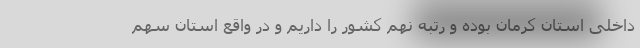
داخلی استان کرمان بوده و رتبه نهم کشور را داریم و در واقع استان سهم